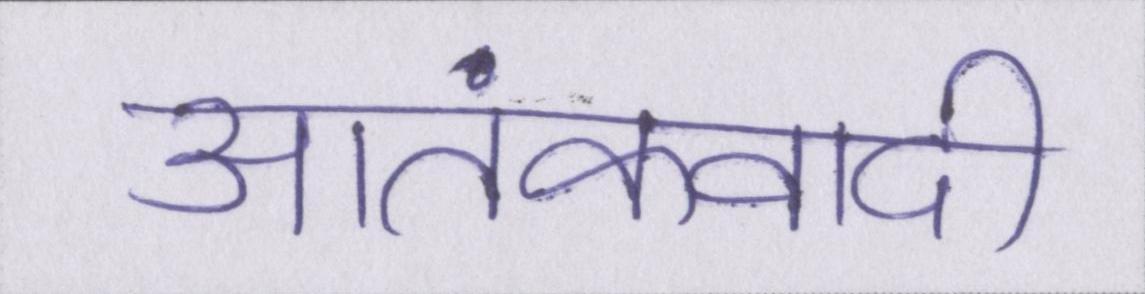
आतंकवादी